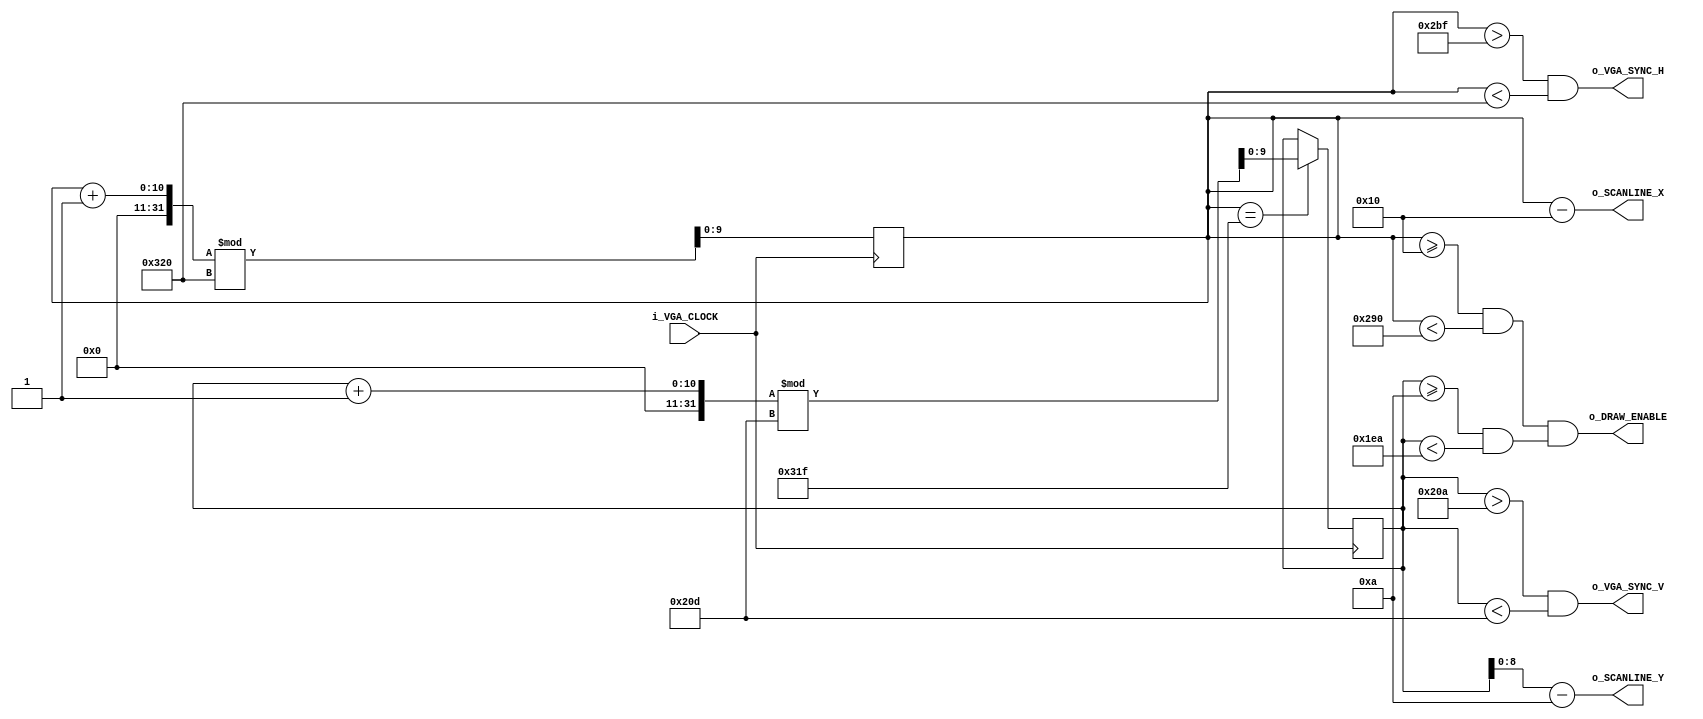
module VgaScanlineDriver(
    input   i_VGA_CLOCK,

    output  o_VGA_SYNC_H,
    output  o_VGA_SYNC_V,

    output  o_DRAW_ENABLE,

    output [$clog2(p_H_VISIBLE_AREA) - 1: 0]    o_SCANLINE_X,
    output [$clog2(p_V_VISIBLE_AREA) - 1: 0]    o_SCANLINE_Y
);

    // Horizontal timings
    parameter   p_H_VISIBLE_AREA    = 640;
    parameter   p_H_FRONT_PORCH     = 16;
    parameter   p_H_SYNC_PULSE      = 96;
    parameter   p_H_BACK_PORCH      = 48;
    parameter   p_H_WHOLE_LINE      = 800;

    // Vertical timings
    parameter   p_V_VISIBLE_AREA    = 480;
    parameter   p_V_FRONT_PORCH     = 10;
    parameter   p_V_SYNC_PULSE      = 2;
    parameter   p_V_BACK_PORCH      = 33;
    parameter   p_V_WHOLE_FRAME     = 525;

    reg [$clog2(p_H_WHOLE_LINE) - 1:0]   r_COUNTER_X = 0;
    reg [$clog2(p_V_WHOLE_FRAME) - 1:0]  r_COUNTER_Y = 0;

    // 
    always @(posedge i_VGA_CLOCK)
    begin
        r_COUNTER_X <= (r_COUNTER_X + 1'b1) % p_H_WHOLE_LINE;

        if (r_COUNTER_X == p_H_WHOLE_LINE - 1)
            r_COUNTER_Y <= (r_COUNTER_Y + 1'b1) % p_V_WHOLE_FRAME;
    end

    // Assign synchronization signals
    assign o_VGA_SYNC_H =
        (r_COUNTER_X > p_H_FRONT_PORCH + p_H_VISIBLE_AREA + p_H_BACK_PORCH - 1)
            && (r_COUNTER_X < p_H_WHOLE_LINE);

    assign o_VGA_SYNC_V =
        (r_COUNTER_Y > p_V_VISIBLE_AREA + p_V_FRONT_PORCH + p_V_BACK_PORCH - 1)
            && (r_COUNTER_Y < p_V_WHOLE_FRAME);

    // Assign enable signal
    assign o_DRAW_ENABLE =
        ((r_COUNTER_X >= p_H_FRONT_PORCH) && (r_COUNTER_X < p_H_FRONT_PORCH + p_H_VISIBLE_AREA))
            && ((r_COUNTER_Y >= p_V_FRONT_PORCH) && (r_COUNTER_Y < p_V_FRONT_PORCH + p_V_VISIBLE_AREA));

    assign o_SCANLINE_X = r_COUNTER_X[$clog2(p_H_VISIBLE_AREA) - 1:0] - p_H_FRONT_PORCH;
    assign o_SCANLINE_Y = r_COUNTER_Y[$clog2(p_V_VISIBLE_AREA) - 1:0] - p_V_FRONT_PORCH;
endmodule